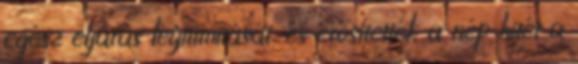
egész eljárás legitimitását, és erősítették a nép hitét a